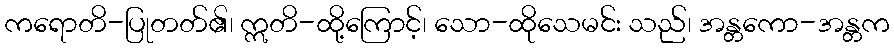
ကရောတိ-ပြုတတ်၏၊ ဣတိ-ထို့ကြောင့်၊ သော-ထိုသေမင်း သည်၊ အန္တကော-အန္တက